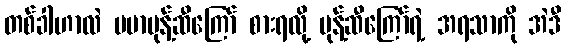
တစ်ခါဟာလဲ ဗမာမုန့်ဆီကြော် စားရလို့ မုန့်ဆီကြော်ရဲ့ အရသာကို အဲဒီ